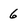
Character: 6